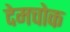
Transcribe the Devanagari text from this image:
देमचोक